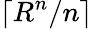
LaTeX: \lceil R^{n}/n\rceil